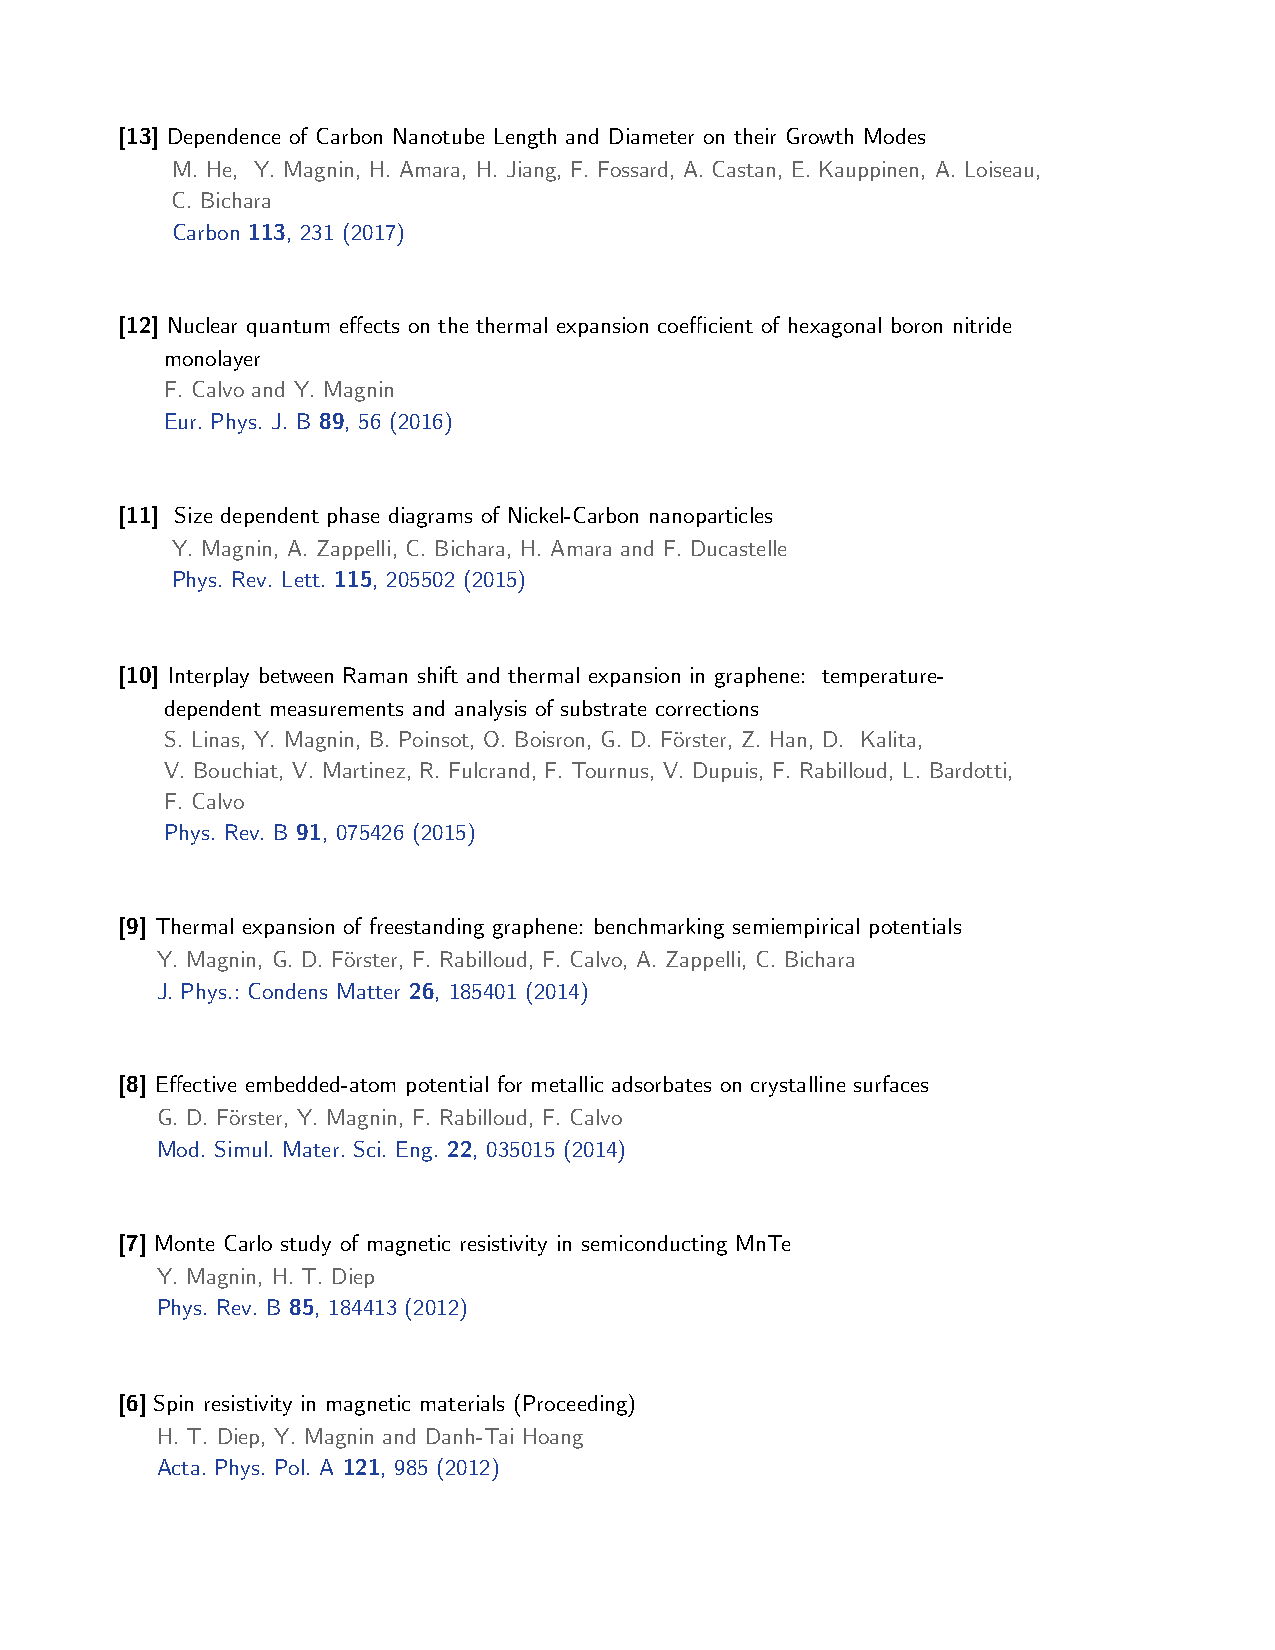
[13] Dependence of Carbon Nanotube Length and Diameter on their Growth Modes
 M. He, Y. Magnin, H. Amara, H. Jiang, F. Fossard, A. Castan, E. Kauppinen, A. Loiseau,
 C. Bichara
 Carbon 113, 231 (2017)
 [12] Nuclear quantum effects on the thermal expansion coefficient of hexagonal boron nitride
 monolayer
 F. Calvo and Y. Magnin
 Eur. Phys. J. B 89, 56 (2016)
 [11] Size dependent phase diagrams of Nickel-Carbon nanoparticles
 Y. Magnin, A. Zappelli, C. Bichara, H. Amara and F. Ducastelle
 Phys. Rev. Lett. 115, 205502 (2015)
 [10] Interplay between Raman shift and thermal expansion in graphene: temperature-
 dependent measurements and analysis of substrate corrections
 S. Linas, Y. Magnin, B. Poinsot, O. Boisron, G. D. Förster, Z. Han, D. Kalita,
 V. Bouchiat, V. Martinez, R. Fulcrand, F. Tournus, V. Dupuis, F. Rabilloud, L. Bardotti,
 F. Calvo
 Phys. Rev. B 91, 075426 (2015)
 [9] Thermal expansion of freestanding graphene: benchmarking semiempirical potentials
 Y. Magnin, G. D. Förster, F. Rabilloud, F. Calvo, A. Zappelli, C. Bichara
 J. Phys.: Condens Matter 26, 185401 (2014)
 [8] Effective embedded-atom potential for metallic adsorbates on crystalline surfaces
 G. D. Förster, Y. Magnin, F. Rabilloud, F. Calvo
 Mod. Simul. Mater. Sci. Eng. 22, 035015 (2014)
 [7] Monte Carlo study of magnetic resistivity in semiconducting MnTe
 Y. Magnin, H. T. Diep
 Phys. Rev. B 85, 184413 (2012)
 [6] Spin resistivity in magnetic materials (Proceeding)
 H. T. Diep, Y. Magnin and Danh-Tai Hoang
 Acta. Phys. Pol. A 121, 985 (2012)